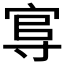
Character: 𡬮